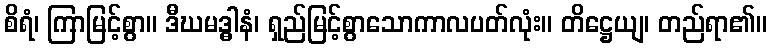
စိရံ၊ ကြာမြင့်စွာ။ ဒီဃမဒ္ဓါနံ၊ ရှည်မြင့်စွာသောကာလပတ်လုံး။ တိဋ္ဌေယျ၊ တည်ရာ၏။